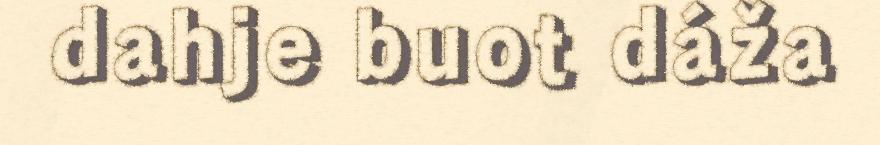
dahje buot dáža